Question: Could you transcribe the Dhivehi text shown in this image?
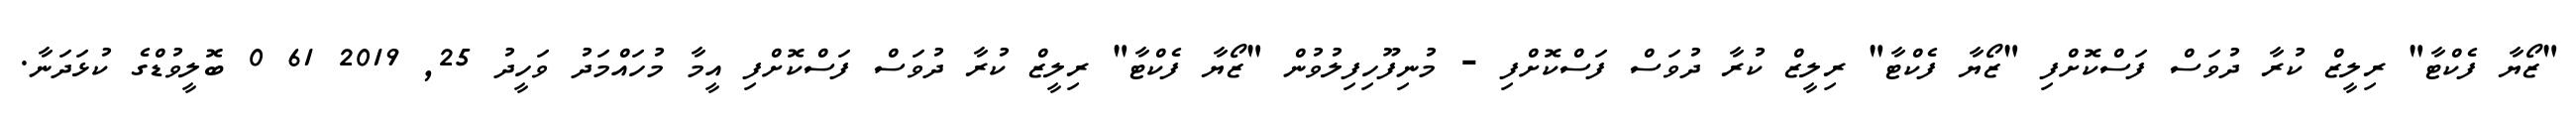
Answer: "ޒޯޔާ ފެކްޓާ" ރިލީޒް ކުރާ ދުވަސް ފަސްކޮށްފި "ޒޯޔާ ފެކްޓާ" ރިލީޒް ކުރާ ދުވަސް ފަސްކޮށްފި - މުނިފޫހިފިލުވުން "ޒޯޔާ ފެކްޓާ" ރިލީޒް ކުރާ ދުވަސް ފަސްކޮށްފި އީމާ މުހައްމަދު ވަހީދު 25, 2019 61 0 ބޮލީވުޑްގެ ކުޅަދަނާ.